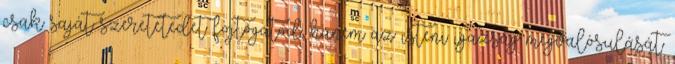
csak saját szeretetedet fojtogatod, hanem az isteni igazság megvalósulását